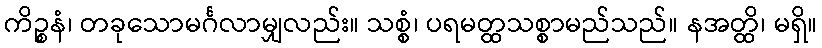
ကိဉ္စနံ၊ တခုသောမင်္ဂလာမျှလည်း။ သစ္စံ၊ ပရမတ္ထသစ္စာမည်သည်။ နအတ္ထိ၊ မရှိ။